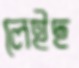
লেইছ